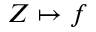
Z \mapsto f